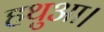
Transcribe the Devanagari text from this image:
हथुआ।